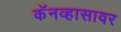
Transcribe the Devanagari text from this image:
कॅनव्हासावर